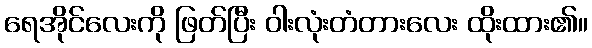
ရေအိုင်လေးကို ဖြတ်ပြီး ဝါးလုံးတံတားလေး ထိုးထား၏။